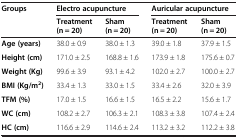
| <ROWSPAN=2> Groups | <COLSPAN=2> Electro acupuncture | <COLSPAN=2> Auricular acupuncture |
 | Treatment (n = 20) | Sham (n = 20) | Treatment (n = 20) | Sham (n = 20) |
 | --- | --- | --- | --- | --- |
 | Age (years) | 38.0 ± 0.9 | 38.0 ± 1.3 | 39.0 ± 1.8 | 37.9 ± 1.5 |
 | Height (cm) | 171.0 ± 2.5 | 168.8 ± 1.6 | 173.9 ± 1.8 | 175.6 ± 0.7 |
 | Weight (Kg) | 99.6 ± 3.9 | 93.1 ± 4.2 | 102.0 ± 2.7 | 100.0 ± 2.7 |
 | BMI (Kg/m2) | 33.4 ± 1.3 | 33.0 ± 1.5 | 33.4 ± 2.6 | 32.0 ± 3.9 |
 | TFM (%) | 17.0 ± 1.5 | 16.6 ± 1.5 | 16.5 ± 2.2 | 15.6 ± 1.7 |
 | WC (cm) | 108.2 ± 2.7 | 106.3 ± 2.1 | 108.3 ± 3.8 | 107.4 ± 2.4 |
 | HC (cm) | 116.6 ± 2.9 | 114.6 ± 2.4 | 113.2 ± 3.2 | 112.2 ± 3.8 |